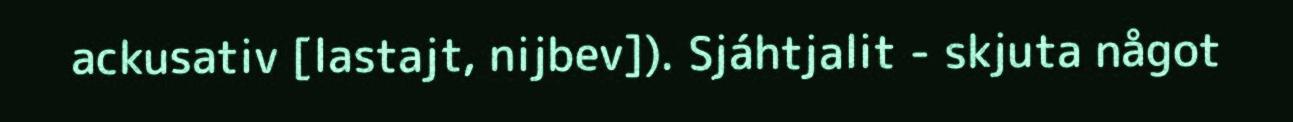
ackusativ [lastajt, nijbev]). Sjáhtjalit - skjuta något